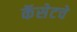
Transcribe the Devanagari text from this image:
कॅसेटचे